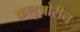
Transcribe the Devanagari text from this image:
फ़्लुओरीन